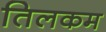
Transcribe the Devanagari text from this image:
तिलकम